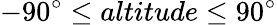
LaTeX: -90^{\circ}\leq altitude\leq 90^{\circ}